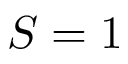
S = 1